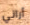
أراني